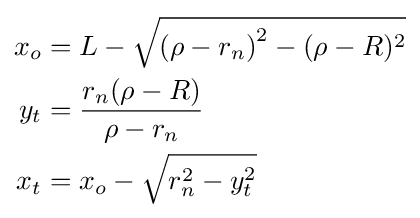
{\begin{aligned}x_{o}&=L-{\sqrt {\left(\rho -r_{n}\right)^{2}-(\rho -R)^{2}}}\\y_{t}&={\frac {r_{n}(\rho -R)}{\rho -r_{n}}}\\x_{t}&=x_{o}-{\sqrt {r_{n}^{2}-y_{t}^{2}}}\end{aligned}}